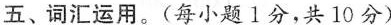
五、词汇运用。(每小题 1 分,共 10 分)